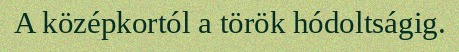
A középkortól a török hódoltságig.